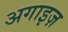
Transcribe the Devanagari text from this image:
अगाइज़